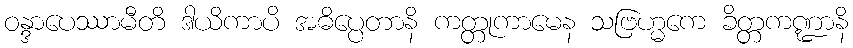
ဝန္ဒာပေဿာမီတိ ဒါယိကာပိ အဓိပ္ပေတာနိ ကတ္တုကာမေန သဗြဟ္မကေ ခိတ္တကဏ္ဍာနိ